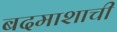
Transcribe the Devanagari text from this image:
बदमाशाची